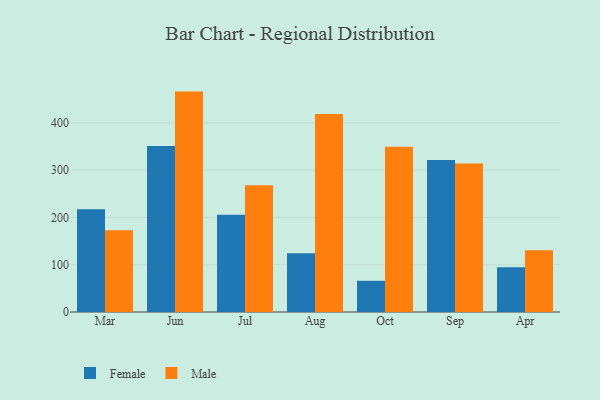
{"axis": {"x": "Month", "y": "Active Users"}, "legend": ["Female", "Male"], "data": [{"x": "Mar", "y": 217.2, "type": "Female"}, {"x": "Mar", "y": 172.9, "type": "Male"}, {"x": "Jun", "y": 351.1, "type": "Female"}, {"x": "Jun", "y": 466.1, "type": "Male"}, {"x": "Jul", "y": 205.6, "type": "Female"}, {"x": "Jul", "y": 268.3, "type": "Male"}, {"x": "Aug", "y": 124.5, "type": "Female"}, {"x": "Aug", "y": 418.6, "type": "Male"}, {"x": "Oct", "y": 66.0, "type": "Female"}, {"x": "Oct", "y": 349.5, "type": "Male"}, {"x": "Sep", "y": 321.4, "type": "Female"}, {"x": "Sep", "y": 314.0, "type": "Male"}, {"x": "Apr", "y": 94.5, "type": "Female"}, {"x": "Apr", "y": 130.5, "type": "Male"}]}